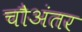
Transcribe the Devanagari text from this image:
चौअंतर